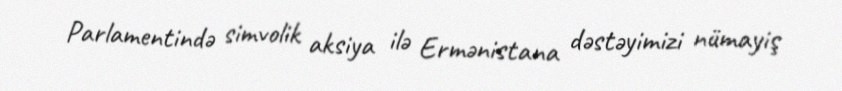
Parlamentində simvolik aksiya ilə Ermənistana dəstəyimizi nümayiş